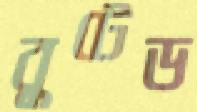
বুটেড